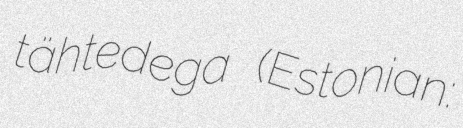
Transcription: tähtedega (Estonian: